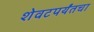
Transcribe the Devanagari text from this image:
शेवटपर्यंतचा